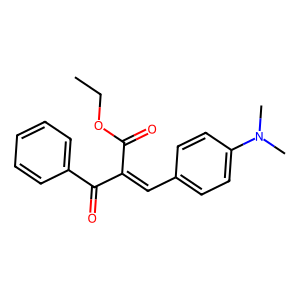
SMILES: CCOC(=O)C(=Cc1ccc(N(C)C)cc1)C(=O)c1ccccc1
Inhibits HIV replication: No